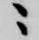
ニ